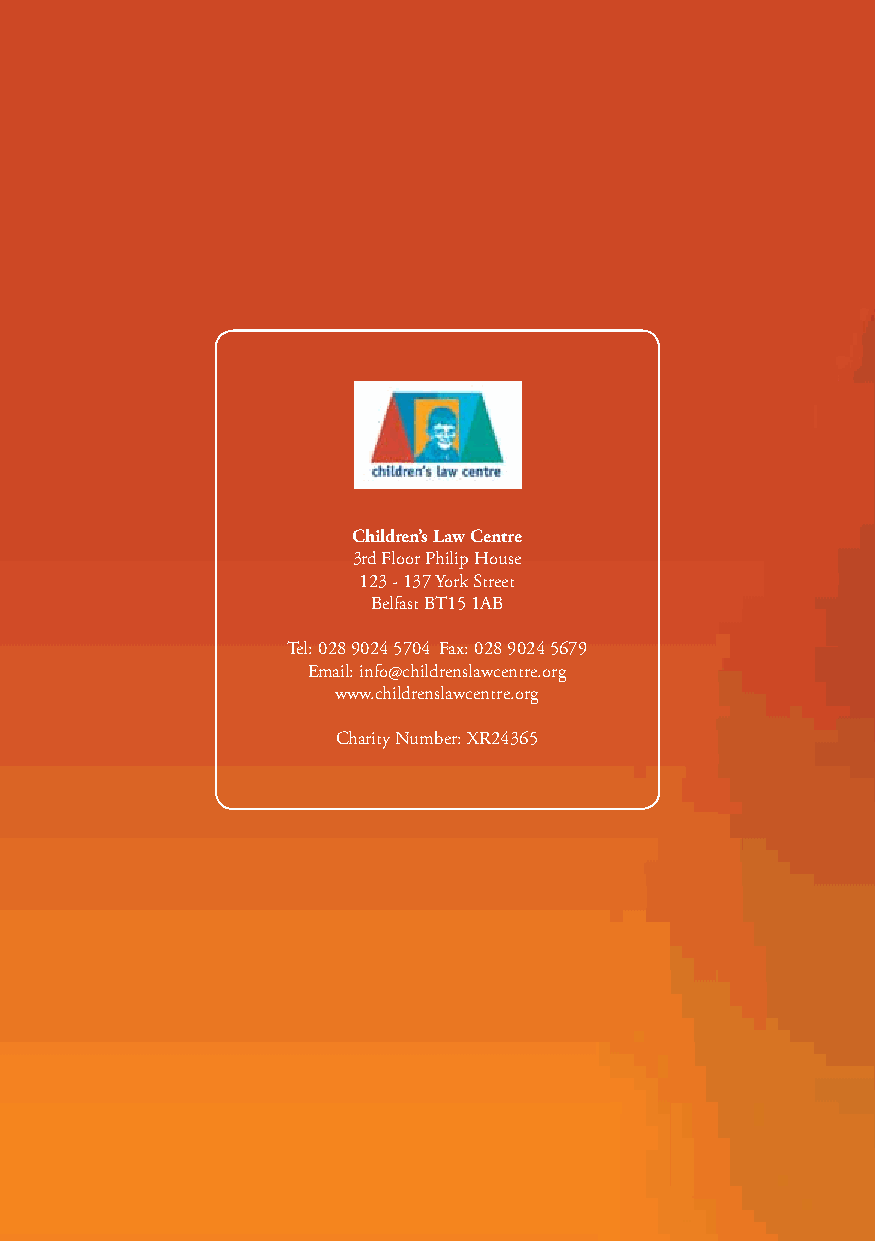
Children’s Law Centre
 3rd Floor Philip House
 123 - 137 York Street
 Belfast BT15 1AB
 Tel: 028 9024 5704 Fax: 028 9024 5679
 Email: info@childrenslawcentre.org
 www.childrenslawcentre.org
 Charity Number: XR24365